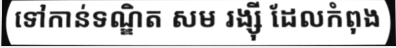
ទៅកាន់ទណ្ឌិត សម រង្ស៊ី ដែលកំពុង